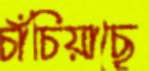
চাঁচিয়াছে